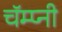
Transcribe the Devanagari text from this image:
चॅम्प्नी